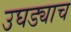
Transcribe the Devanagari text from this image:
उघड्याच